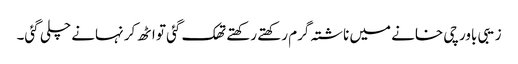
زیبی باورچی خانے میں ناشتہ گرم رکھتے رکھتے تھک گئی تو اٹھ کر نہانے چلی گئی۔